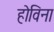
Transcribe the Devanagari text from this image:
होविना